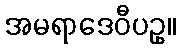
အမရာဒေဝီပဥှ။